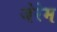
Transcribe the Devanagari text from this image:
जेरेम